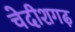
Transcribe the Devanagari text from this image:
चेदीशगढ़